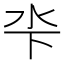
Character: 𣲉